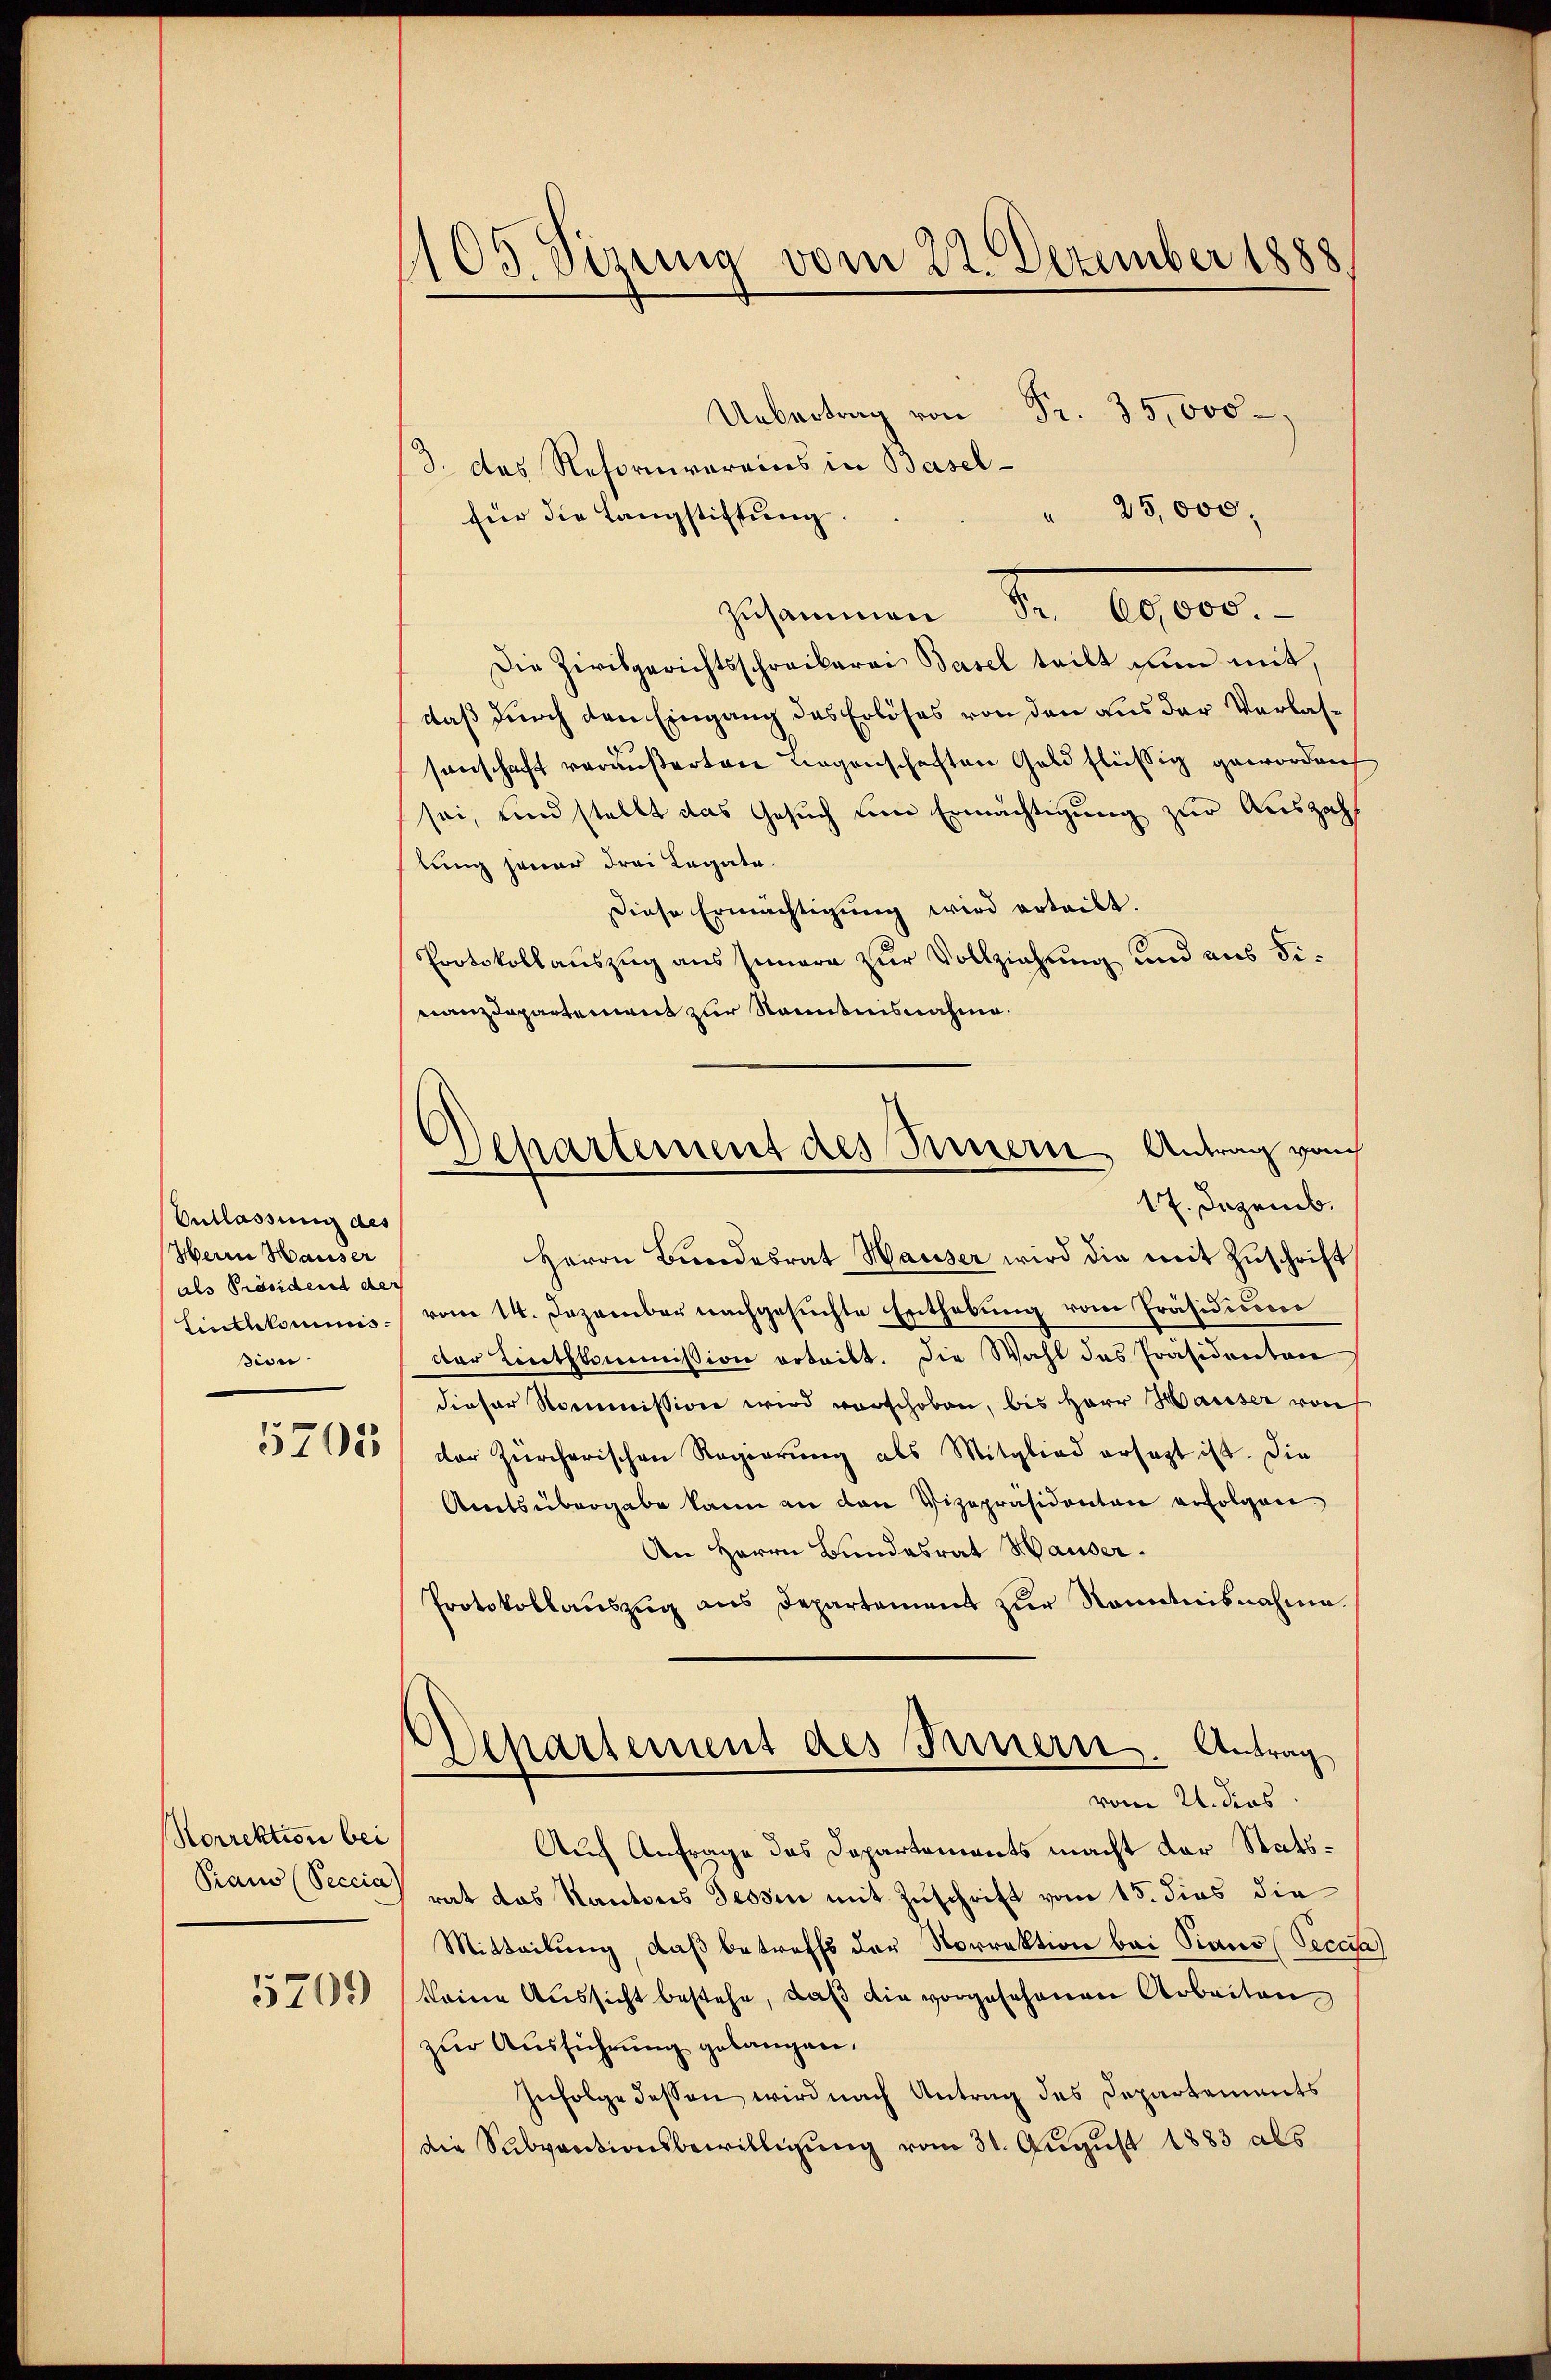
Entlassung des
Herrn Hauser
als Präsident der
Linthkommis
sion

Korrektion bei
Praus (Peccia)
5709

1105. Sizung vom 22. Dezember 1888
.000
3. das Reformvoreins in Basel¬

25,000,
für die Langstiftung.
zusammenen Fr. 6000.
Die Zivilgerichtsschreiberei Basel teilt nun mit,
daß durch den Eingang des Erlöses von den aus der Verlassenschaft veräußerten Liegenschaften Geld flüssig geworden
sei, und stellt das Gesuch um Ermächtigung zur Auszahl
tung jener drei Legate.
Diese Ermächtigung wird erteilt.
Protokollauszug aus Innern zur Vollziehung und aus Finanzdepartement zur Nomitnisnahme.
Herrn Bŭndesrat Hauser wird die mit Zŭschrift
vom 14. Dezember nachgesuchte Enthebung vom Präsidium
dter Linthkommission ertritt. Die Wahl des Präsidenten
dieser Kommission wird verschoben, bis Herr Hauser von
5571885 der Zürcherischen Regierŭng als Mitglied ersagt ist. Die
Amtsübergabe kann an den Vizepräsidenten erfolgen
An Herrn Bundesrat Hauser.
Protokollauszug aus Departement zur Kenntnisnahme
Departement des Innern. Antrag
vom 21. dies
Auch Anfrage das Departements macht der Stattrat das Kantons Tessin mit Zuschrift vom 15. dies die
Mitteilung, daß betreffs der Norrektion bei Piano (Seceta
keine Aussicht bestehe, daß die vorgesehenen Arbeiten
zur Ausführung gelangen.
Zufolge dessen wird nach Antrag des Departements
die Subventionsbewilligung vom 31. August 1883 als

Departement des Innern, Antrag von
17. Dezemb.